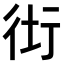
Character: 𧗥